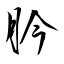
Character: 肣